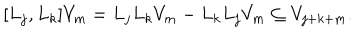
[ L _ { j } , L _ { k } ] V _ { m } = L _ { j } L _ { k } V _ { m } - L _ { k } L _ { j } V _ { m } \subseteq V _ { j + k + m } .